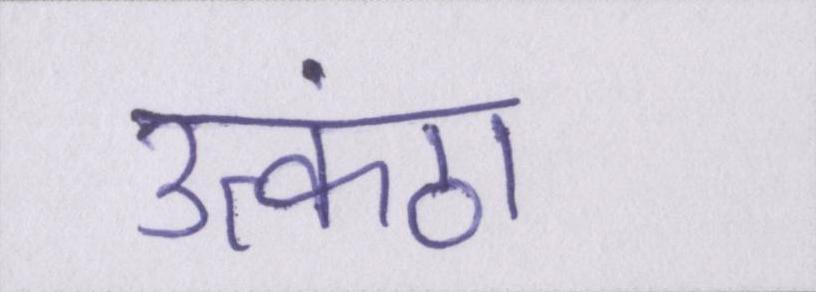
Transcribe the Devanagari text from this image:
उत्कंठा